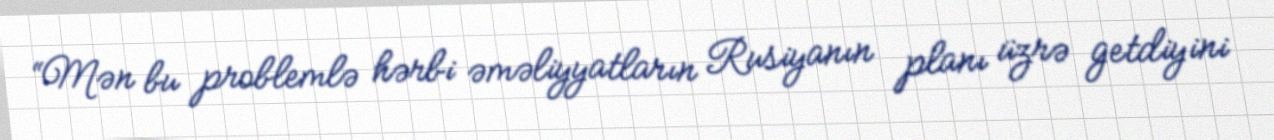
“Mən bu problemlə hərbi əməliyyatların Rusiyanın planı üzrə getdiyini